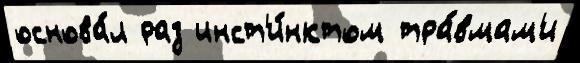
основа́л раз инст'и́нктом тра́вмам'и